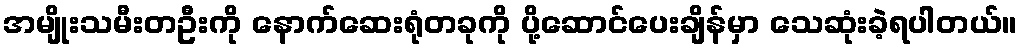
အမျိုးသမီးတဦးကို နောက်ဆေးရုံတခုကို ပို့ဆောင်ပေးချိန်မှာ သေဆုံးခဲ့ရပါတယ်။